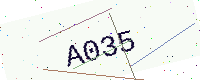
Text: A035